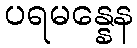
ပရမန္နေန